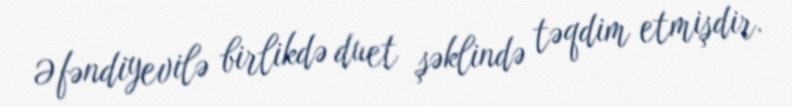
Əfəndiyevilə birlikdə duet şəklində təqdim etmişdir.